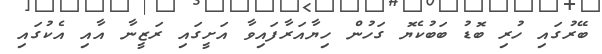
ބޭރުގައި ހުރި ބޮޑު ބަބުކެޔޮ ގަހުން ހިޔާއަރާފައިވާ އަށީގައި ރަޒީނާ އާއި އެކުގައި